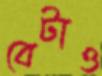
বেটাও